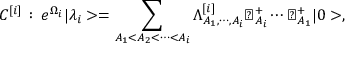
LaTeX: { \cal C } ^ { [ i ] } \, : \, e ^ { \Omega _ { i } } | \lambda _ { i } > = \sum _ { A _ { 1 } < A _ { 2 } < \cdots < A _ { i } } \Lambda _ { A _ { 1 } , \cdots , A _ { i } } ^ { [ i ] } \flat _ { A _ { i } } ^ { + } \cdots \flat _ { A _ { 1 } } ^ { + } | 0 > ,